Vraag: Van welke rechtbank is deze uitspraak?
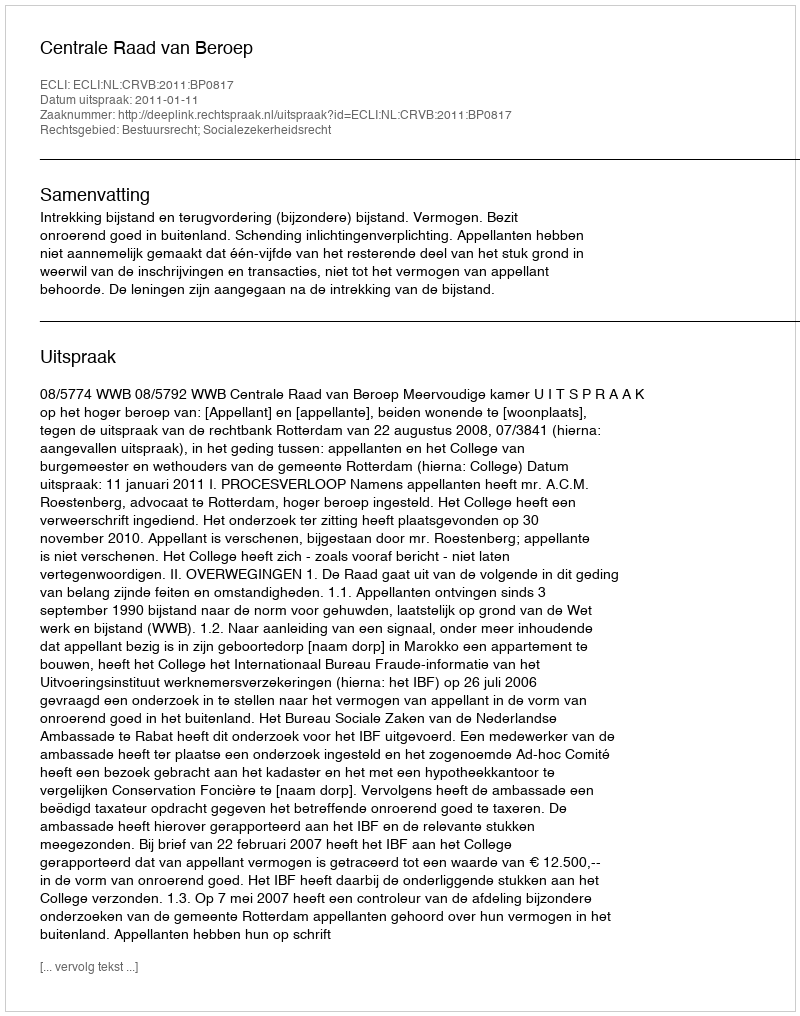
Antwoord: Centrale Raad van Beroep